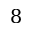
8